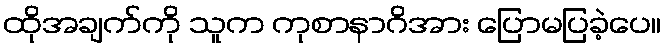
ထိုအချက်ကို သူက ကုစာနာဂိအား ပြောမပြခဲ့ပေ။